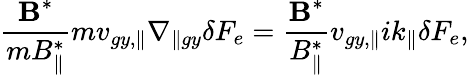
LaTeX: \frac{\textbf{B}^{*}}{mB_{\parallel}^{*}}m{v}_{gy,\parallel}\nabla_{\parallel gy}\delta F_{e}=\frac{\textbf{B}^{*}}{B_{\parallel}^{*}}{v}_{gy,\parallel}ik_{\parallel}\delta F_{e},